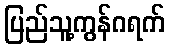
ပြည်သူ့ကွန်ဂရက်